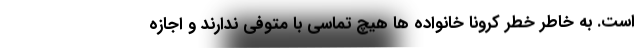
است. به خاطر خطر کرونا خانواده ها هیچ تماسی با متوفی ندارند و اجازه